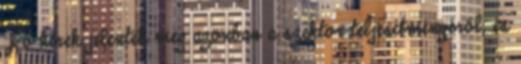
Jó hírek jelentek meg azonban a szektor teljesítményéről, és